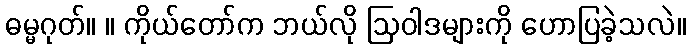
ဓမ္မဂုတ်။ ။ ကိုယ်တော်က ဘယ်လို ဩဝါဒများကို ဟောပြခဲ့သလဲ။